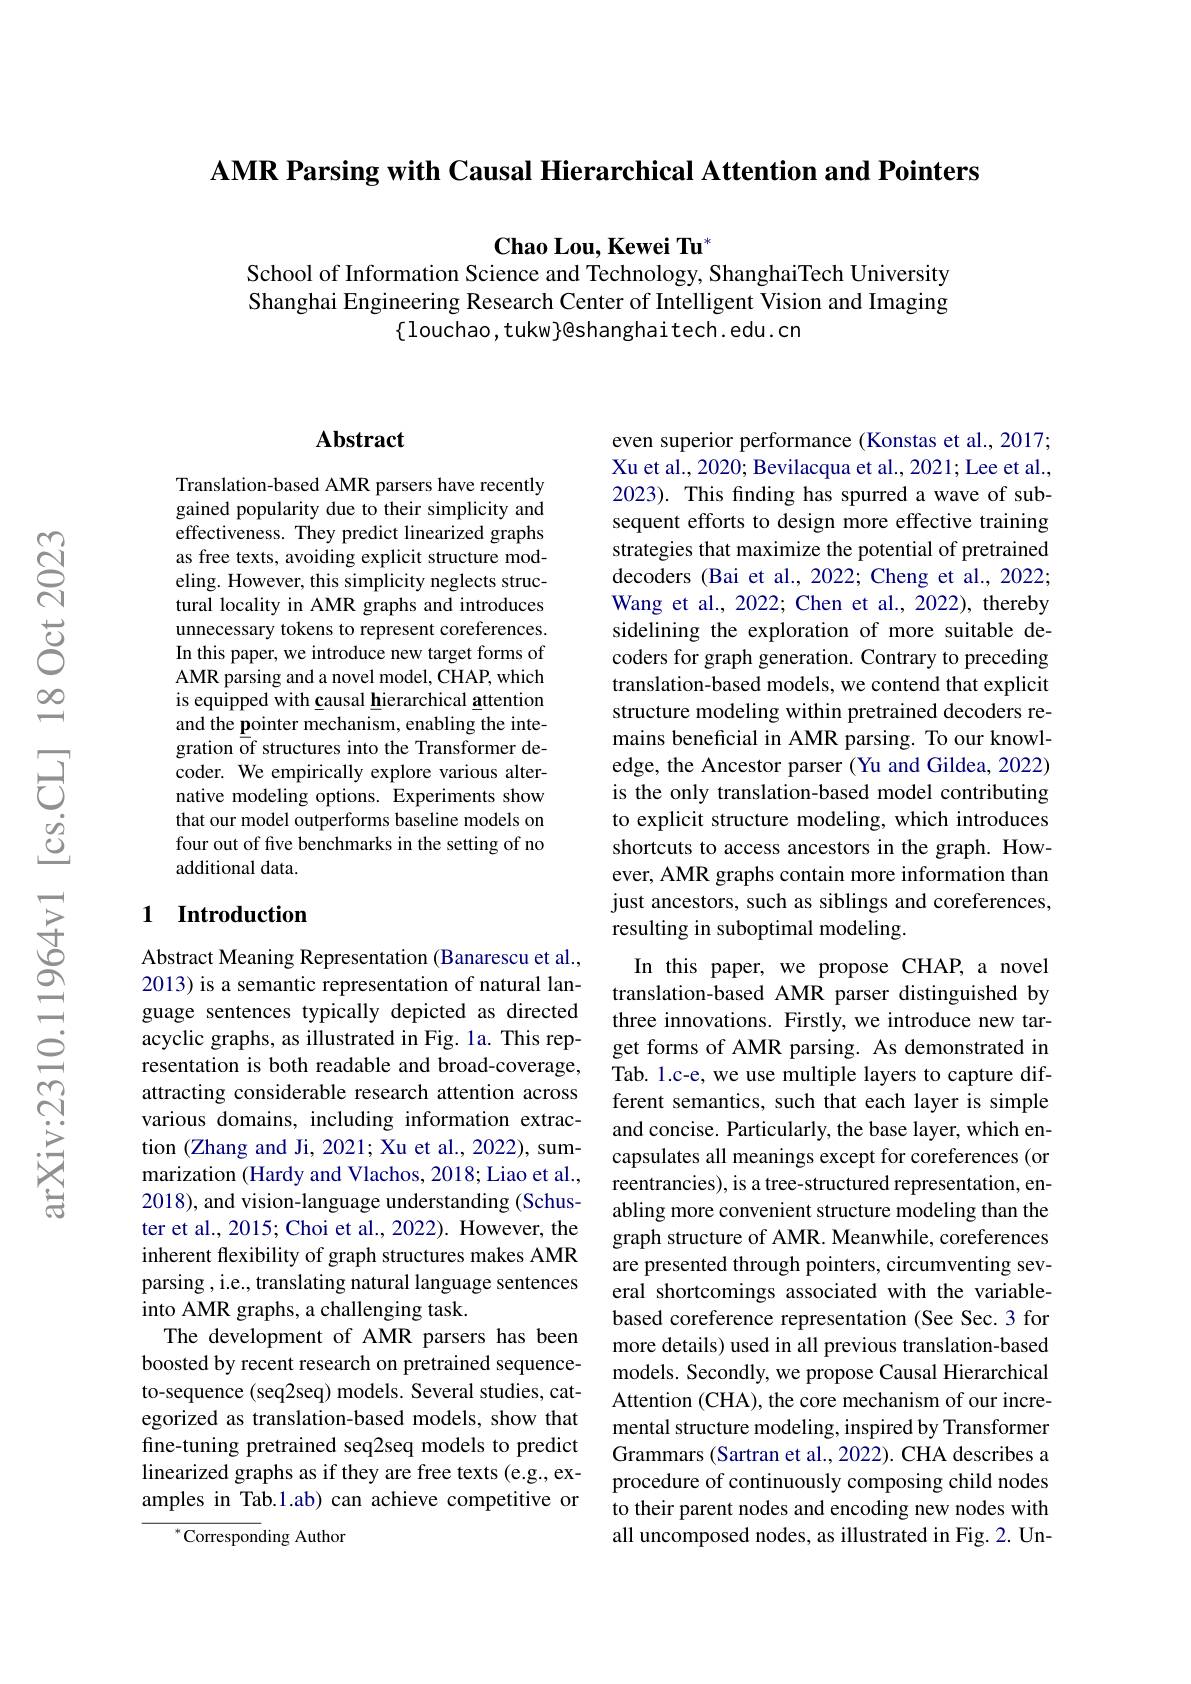
AMR Parsing with Causal Hierarchical Attention and Pointers

$\mathbf{Chao~Lou,~Kewei~Tu}^{*}$
School of Information Science and Technology, ShanghaiTech University

Shanghai Engineering Research Center of Intelligent Vision and Imaging
$\{$louchao, tukw}@shanghai tech. edu. cn

## Abstract

Translation-based AMR parsers have recently gained popularity due to their simplicity and effectiveness. They predict linearized graphs as free texts, avoiding explicit structure modeling. However, this simplicity neglects structural locality in AMR graphs and introduces unnecessary tokens to represent coreferences. In this paper, we introduce new target forms of AMR parsing and a novel model, CHAP, which is equipped with causal hierarchical attention and the pointer mechanism, enabling the integration $\bar\text{of structures into the Transformer de-}$ coder. We empirically explore various alternative modeling options. Experiments show that our model outperforms baseline models on four out of five benchmarks in the setting of no additional data.

## 1 Introduction

Abstract Meaning Representation (Banarescu et al., 2013) is a semantic representation of natural language sentences typically depicted as directed acyclic graphs, as illustrated in Fig. la. This representation is both readable and broad-coverage, attracting considerable research attention across various domains, including information extraction (Zhang and Ji, 2021; Xu et al., 2022), summarization (Hardy and Vlachos, 2018; Liao et al., 2018), and vision-language understanding (Schuster et al., 2015; Choi et al., 2022). However, the inherent flexibility of graph structures makes AMR parsing , i.e., translating natural language sentences into AMR graphs, a challenging task.
The development of AMR parsers has been boosted by recent research on pretrained sequenceto-sequence (seq2seq) models. Several studies, categorized as translation-based models, show that fine-tuning pretrained seq2seq models to predict linearized graphs as if they are free texts (e.g., examples in Tab.1.ab) can achieve competitive or
${}^{*}{\mathrm{Correspon}}$ding Author

even superior performance (Konstas et al., 2017; Xu et al., 2020; Bevilacqua et al., 2021; Lee et al., 2023). This fnding has spurred a wave of subsequent efforts to design more effective training strategies that maximize the potential of pretrained decoders (Bai et al., 2022; Cheng et al., 2022; Wang et al., 2022; Chen et al., 2022), thereby sidelining the exploration of more suitable decoders for graph generation. Contrary to preceding translation-based models, we contend that explicit structure modeling within pretrained decoders remains beneficial in AMR parsing. To our knowledge, the Ancestor parser (Yu and Gildea, 2022) is the only translation-based model contributing to explicit structure modeling, which introduces shortcuts to access ancestors in the graph. However, AMR graphs contain more information than just ancestors, such as siblings and coreferences, resulting in suboptimal modeling.
In this paper, we propose CHAP, a novel

translation-based AMR parser distinguished by three innovations. Firstly, we introduce new target forms of AMR parsing. As demonstrated in Tab. 1.c-e, we use multiple layers to capture different semantics, such that each layer is simple and concise. Particularly, the base layer, which encapsulates all meanings except for coreferences (or reentrancies), is a tree-structured representation, enabling more convenient structure modeling than the graph structure of AMR. Meanwhile, coreferences are presented through pointers, circumventing several shortcomings associated with the variablebased coreference representation (See Sec.3 for more details) used in all previous translation-based models. Secondly, we propose Causal Hierarchical Attention (CHA), the core mechanism of our incremental structure modeling, inspired by Transformer Grammars (Sartran et al., 2022). CHA describes a procedure of continuously composing child nodes to their parent nodes and encoding new nodes with all uncomposed nodes, as illustrated in Fig. 2. Un-